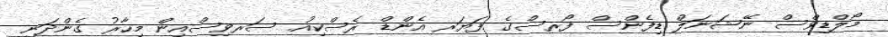
މޯލްޑިވްސް ނޭޝަނަލް ޑިފެންސް ފޯރސްގެ ފަޔަރ އެންޑް ރެސްކިއު ސަރވިސްއިން މިހާރު ގެންދަނީ